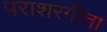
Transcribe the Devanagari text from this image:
पराशरगीता